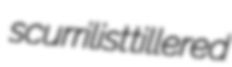
scurrilist tillered